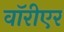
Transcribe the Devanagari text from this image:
वॉरीएर